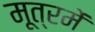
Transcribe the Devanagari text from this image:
मूत्रमें